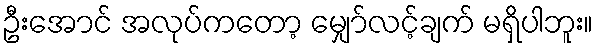
ဦးအောင် အလုပ်ကတော့ မျှော်လင့်ချက် မရှိပါဘူး။